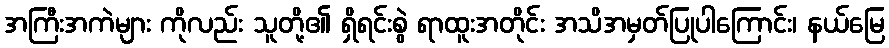
အကြီးအကဲများ ကိုလည်း သူတို့၏ ရှိရင်းစွဲ ရာထူးအတိုင်း အသိအမှတ်ပြုပါကြောင်း၊ နယ်မြေ